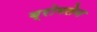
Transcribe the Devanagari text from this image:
ब्रोमलेन